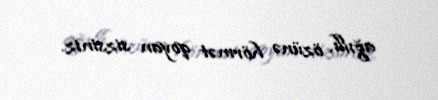
ağıllı, özünə hörmət qoyan sizsiniz.